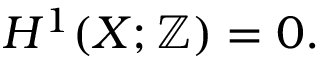
H ^ { 1 } ( X ; \mathbb { Z } ) = 0 .